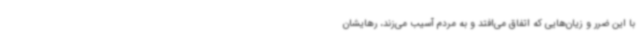
با این ضرر و زیان‌هایی که اتفاق می‌افتد و به مردم آسیب می‌زند، رهایشان